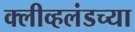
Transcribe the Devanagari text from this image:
क्लीव्हलंडच्या